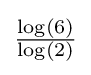
\textstyle {\frac {\log(6)}{\log(2)}}